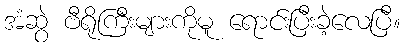
အံဆွဲ ဗီရိုကြီးများကိုမူ ရောင်းပြီးခဲ့လေပြီ။